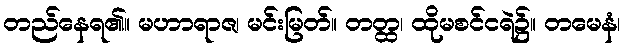
တည်နေရ၏။ မဟာရာဇ၊ မင်းမြတ်။ တတ္ထ၊ ထိုမစင်ငရဲ၌။ တမေနံ၊